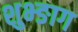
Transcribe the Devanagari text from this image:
शुभ्ङाग